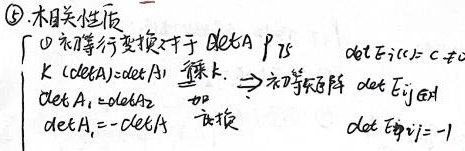
\textcircled{5}. 相关性质
\[
\begin{cases}
\textcircled{1} 初等行变换对于\(\mathrm{det}A\)有：\\
k（c_{i}\leftrightarrow c_{j}）\ \mathrm{det}A_{1}=\mathrm{det}A & \text{重排}k.\\
\mathrm{det}A_{1}=\mathrm{det}A_{2} & \text{加}\\
\mathrm{det}A_{1}=-\mathrm{det}A_{2} & \text{互换}
\end{cases}
\]
\(\Rightarrow\)初等矩阵\(\mathrm{det}E_{ij}(k) = 1\)，\(\mathrm{det}E_{ij}=-1\)